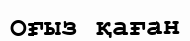
Оғыз қаған